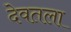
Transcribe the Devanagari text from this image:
देवतला